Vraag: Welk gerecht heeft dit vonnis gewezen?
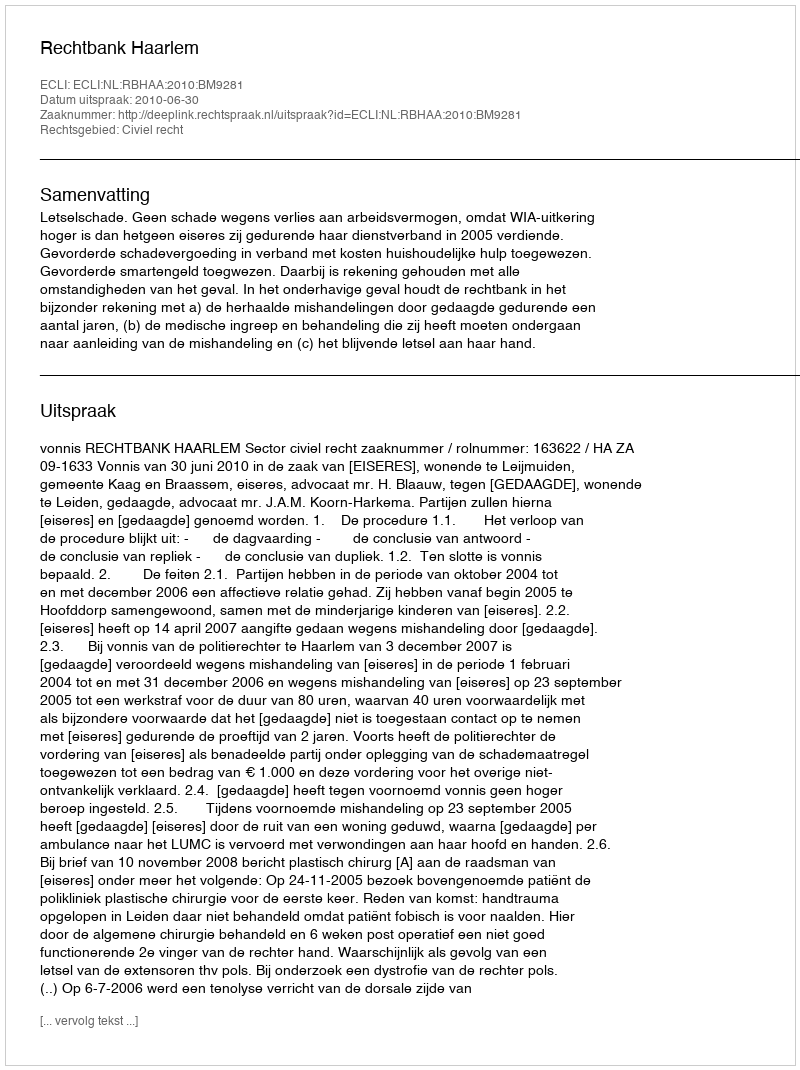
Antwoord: Rechtbank Haarlem